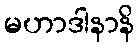
မဟာဒါနာနိ